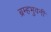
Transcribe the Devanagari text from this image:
ब्रम्हभुवनीं